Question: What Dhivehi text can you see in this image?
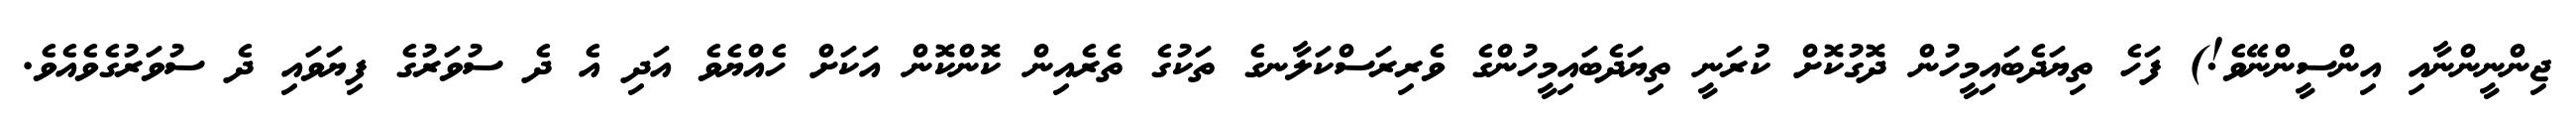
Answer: ޖިންނީންނާއި އިންސީންނޭވެ!) ފަހެ ތިޔަދެބައިމީހުން ދޮގުކޮށް ކުރަނީ ތިޔަދެބައިމީހުންގެ ވެރިރަސްކަލާނގެ ތަކުގެ ތެރެއިން ކޮންކޮން އަކަށް ހެއްޔެވެ އަދި އެ ދެ ސުވަރުގެ ފިޔަވައި ދެ ސުވަރުގެވެއެވެ.